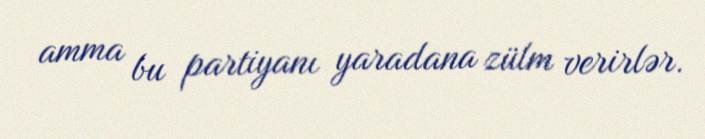
amma bu partiyanı yaradana zülm verirlər.